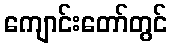
ကျောင်းတော်တွင်